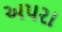
અપરા